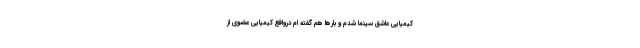
کیمیایی عاشق سینما شدم و بارها هم گفته ام درواقع کیمیایی عضوی از